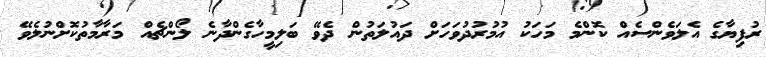
ރުފިޔާގެ އެލަވެންސެއް ކޮންމެ މަހަކު އުމުރުދުވަހަށް ދައުލަތުން ދެވޭ ބަލިމީހާގެންދާނެ ލޯންޗެއް މަރާމާތުކޮށްނުލެވޭ